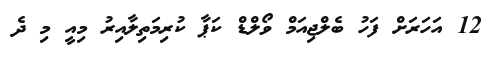
12 އަހަރަށް ފަހު ބެލްޖިއަމް ވޯލްޑް ކަޕާ ކުރިމަތިލާއިރު މިއީ މި ދެ